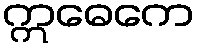
ဣဓေကေ